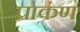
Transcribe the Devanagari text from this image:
प्राकंण